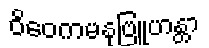
ဝိဝေကမနုဗြူဟန္တာ